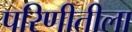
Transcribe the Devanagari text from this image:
परिणीतीला